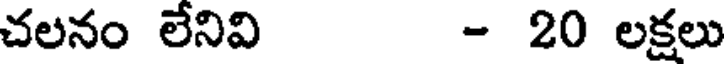
చలనం లేనివి - 20 లక్షలు